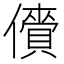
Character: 𫣲